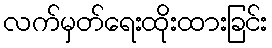
လက်မှတ်ရေးထိုးထားခြင်း